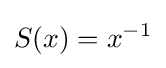
S(x)=x^{-1}